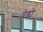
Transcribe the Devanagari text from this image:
पेडो़